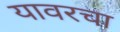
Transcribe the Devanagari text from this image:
यावरचा